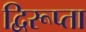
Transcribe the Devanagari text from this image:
द्विरूप्ता